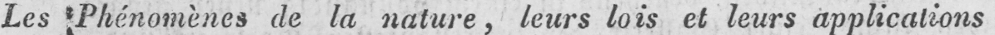
Les Phénomènes de la nature, leurs lois et leurs applications